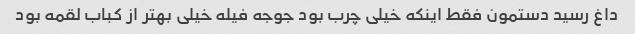
داغ رسید دستمون فقط اینکه خیلی چرب بود جوجه فیله خیلی بهتر از کباب لقمه بود